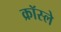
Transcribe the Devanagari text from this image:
क्रॉस्ले